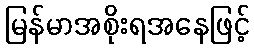
မြန်မာအစိုးရအနေဖြင့်